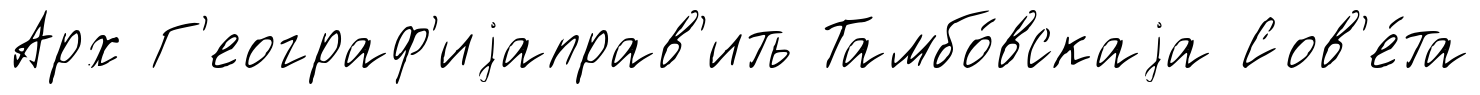
Арх Г'еограф'иjаправ'ить Тамбо́вскаjа Сов'е́та